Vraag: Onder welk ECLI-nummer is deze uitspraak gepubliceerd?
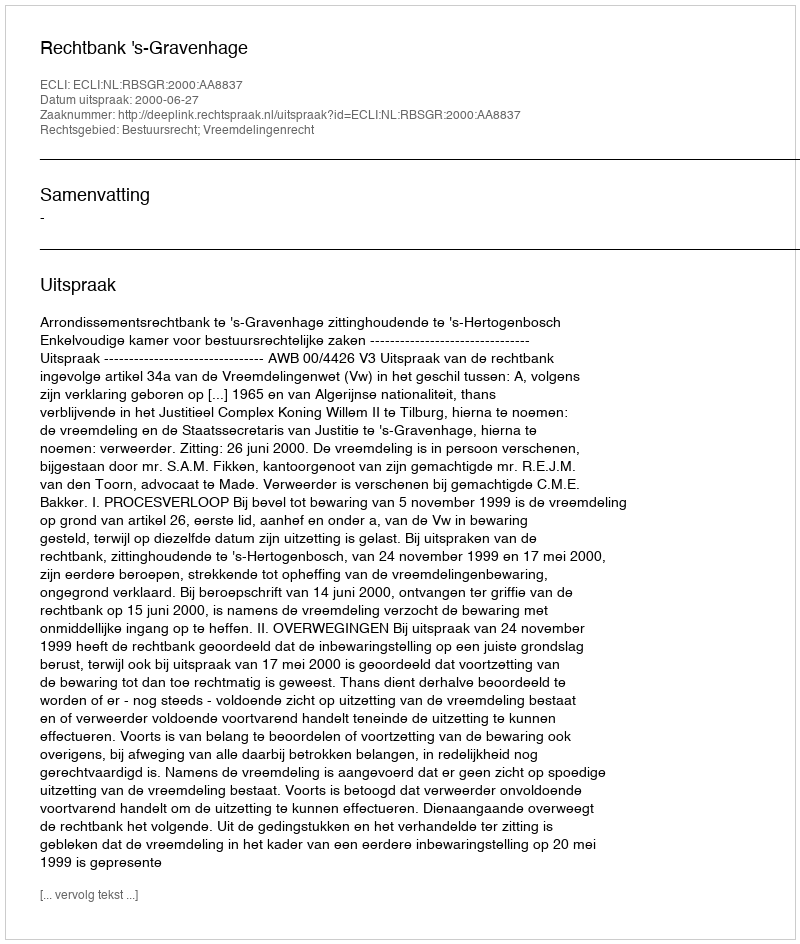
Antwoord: ECLI:NL:RBSGR:2000:AA8837